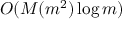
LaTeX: O ( M ( m ^ { 2 } ) \log m )